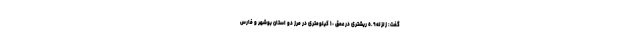
گفت: زلزله٥.٩ ریشتری در عمق ١٠ کیلومتری در مرز دو استان بوشهر و فارس